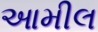
આમીલ